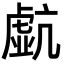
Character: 𧇠